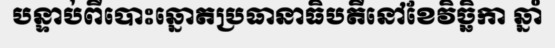
បន្ទាប់ពីបោះឆ្នោតប្រធានាធិបតីនៅខែវិច្ឆិកា ឆ្នាំ